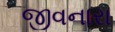
જીવનારા